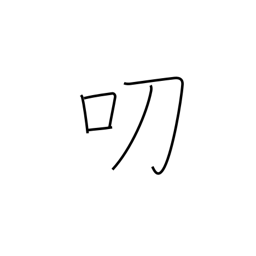
Meaning: graciously